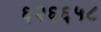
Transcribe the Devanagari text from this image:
६२६६५८